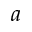
a